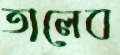
তালেব